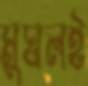
মুঘলই